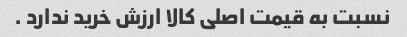
نسبت به قیمت اصلی کالا ارزش خرید ندارد .